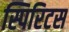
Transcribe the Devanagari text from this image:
स्पिरिटस